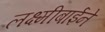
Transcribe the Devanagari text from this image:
लक्ष्मीबाईने